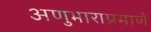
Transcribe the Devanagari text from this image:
अणुभाराप्रमाणे